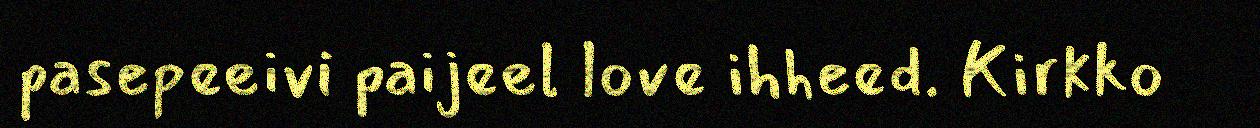
pasepeeivi paijeel love ihheed. Kirkko